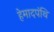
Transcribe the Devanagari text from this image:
हेमादपंथि